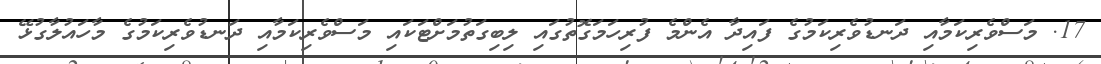
17. މަސްވެރިކަމާއި ދަނޑުވެރިކަމުގެ ފައިދާ އެންމެ ފުރިހަމަގޮތުގައި ލިބިގަތުމަށްޓަކައި މަސްވެރިކަމާއި ދަނޑުވެރިކަމުގެ މާހައުލާގުޅޭ